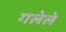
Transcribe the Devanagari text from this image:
गलेले